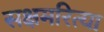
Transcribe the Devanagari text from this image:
सक्षमरित्या